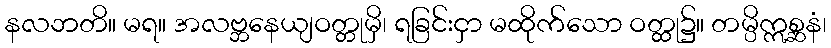
နလဘတိ။ မရ။ အလဗ္ဘနေယျဝတ္တုမှိ၊ ရခြင်းငှာ မထိုက်သော ဝတ္ထု၌။ တမ္ပိဣစ္ဆနံ၊